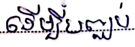
ដើម្បីបញ្ឈប់